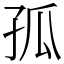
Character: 孤